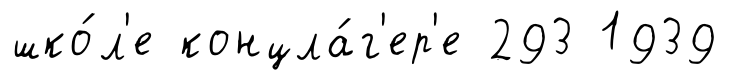
шко́л'е концла́г'ер'е 293 1939